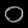
Digit: ၀